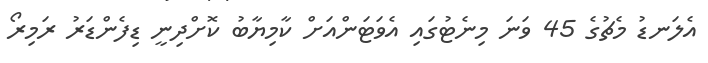
އެލަނޑު މެޗުގެ 45 ވަނަ މިނެޓުގައި އެވަޓަންއަށް ކާމިޔާބު ކޮށްދިނީ ޑިފެންޑަރު ރަމިރޯ